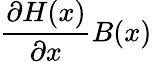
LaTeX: {\frac{\partial H(x)}{\partial x}}B(x)